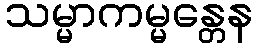
သမ္မာကမ္မန္တေန